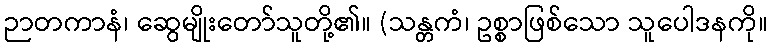
ဉာတကာနံ၊ ဆွေမျိုးတော်သူတို့၏။ (သန္တကံ၊ ဥစ္စာဖြစ်သော သူပေါဒနကို။